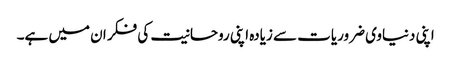
اپنی دنیاوی ضروریات سے زیادہ اپنی روحانیت کی فکر ان میں ہے۔